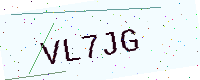
Text: VL7JG